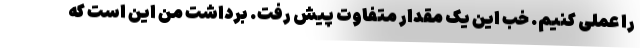
را عملی کنیم. خب این یک مقدار متفاوت پیش رفت. برداشت من این است که